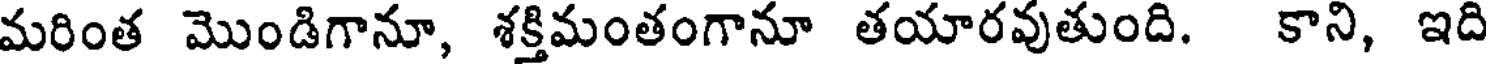
మరింత మొండిగానూ, శక్తిమంతంగానూ తయారవుతుంది. కాని, ఇది